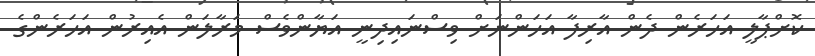
ކޮށްޕާލީ އަހަރެން ދެން އާރިފާ އަހަންނަށް ވިސްނައިދިނީ އަޔާންވެސް މަރާލަން އެއިރުން އަހަރެންގެ